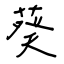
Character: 葵